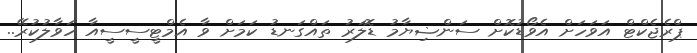
ޕްރެޖެކްޓް އަވަހަށް އެވޯޑުކޮށް ސަންޟިޔާމު ޑޮލަރު ތައްގަނޑު ކަމަށް ވާ އެމްޓީސީސީއާ ހަވާލުކުރޭ..